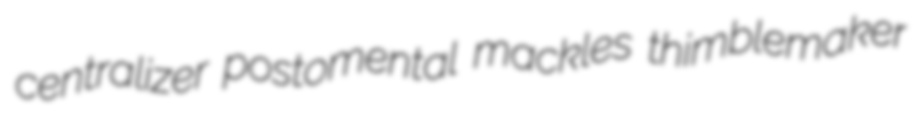
centralizer postomental mackles thimblemaker